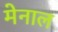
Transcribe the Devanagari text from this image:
मेनाल